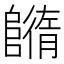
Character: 𨼕